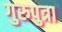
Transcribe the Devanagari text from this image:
गुरुपुत्रा